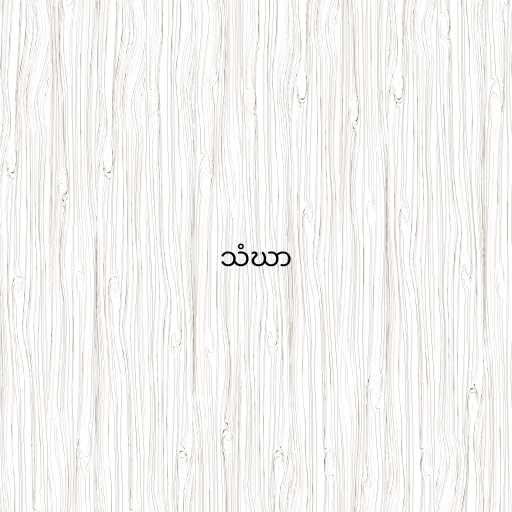
သံဃာ